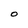
Character: O